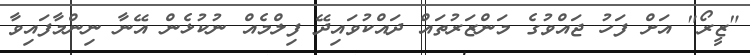
"ޒީރޯ" އަށް ފަހު ޖައްވުގެ މަންޒަރުތައް ދައްކުވައިދޭ ފިލްމެއް ނުކުޅެން އޭނާ ނިންމާފައިވާ